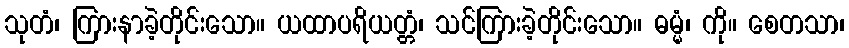
သုတံ၊ ကြားနာခဲ့တိုင်းသော။ ယထာပရိယတ္တံ၊ သင်ကြားခဲ့တိုင်းသော။ ဓမ္မံ၊ ကို။ စေတသာ၊